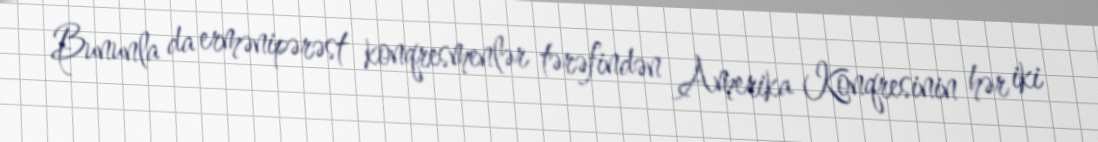
Bununla da ermənipərəst konqresmenlər tərəfindən Amerika Konqresinin hər iki